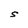
Character: S